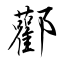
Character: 酄